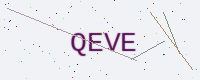
Text: QEVE